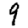
Digit: 9